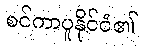
စင်ကာပူနိုင်ငံ၏